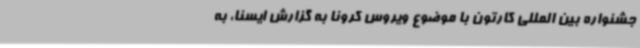
جشنواره بین المللی کارتون با موضوع ویروس کرونا به گزارش ایسنا، به